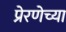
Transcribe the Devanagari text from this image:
प्रेरणेच्या